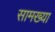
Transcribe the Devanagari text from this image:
सामख्या